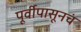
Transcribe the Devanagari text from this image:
पूर्वीपासूनचं